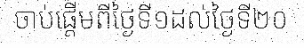
ចាប់ផ្តើមពីថ្ងៃទី១ដល់ថ្ងៃទី២០